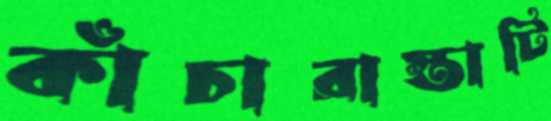
কাঁচারাস্তাটি